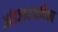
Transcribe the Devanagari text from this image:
आंडजारजादिका